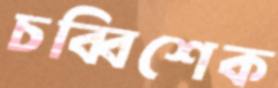
চব্বিশেক